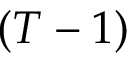
( T - 1 )